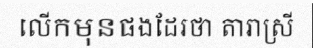
លើកមុនផងដែរថា តារាស្រី